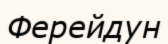
Ферейдун